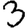
Digit: 3